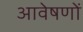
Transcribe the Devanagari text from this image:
आवेषणों